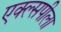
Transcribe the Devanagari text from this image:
एक्ल्सपीला